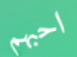
احبهم